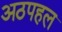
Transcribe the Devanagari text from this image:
अठपहल